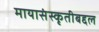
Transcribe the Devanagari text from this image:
मायासंस्कृतीबद्दल